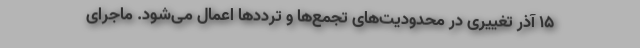
۱۵ آذر تغییری در محدودیت‌های تجمع‌ها و ترددها اعمال می‌شود. ماجرای